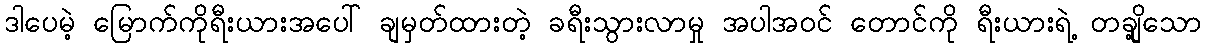
ဒါပေမဲ့ မြောက်ကိုရီးယားအပေါ် ချမှတ်ထားတဲ့ ခရီးသွားလာမှု အပါအဝင် တောင်ကို ရီးယားရဲ့ တချို့သော